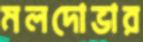
মলদোভার